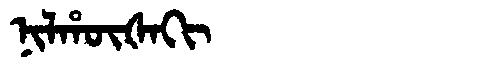
Manchu: ᠨᡳᠯᡥᡡᡧᠠᡴᡳ
Romanization: NILHŪŠAKI